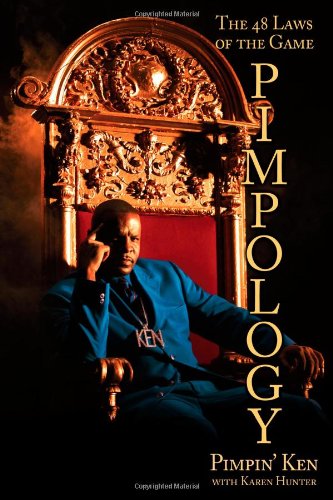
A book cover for Pimpology: The 48 Laws of the Game; Pimpin' Ken; Humor & Entertainment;